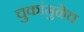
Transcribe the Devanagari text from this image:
चुकांमुळेच